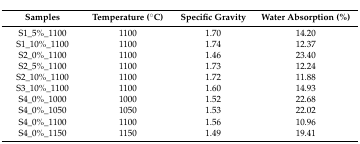
<table><thead><tr><td><b>Samples</b></td><td><b>Temperature (°C)</b></td><td><b>Specific Gravity</b></td><td><b>Water Absorption (%)</b></td></tr></thead><tbody><tr><td>S1_5%_1100</td><td>1100</td><td>1.70</td><td>14.20</td></tr><tr><td>S1_10%_1100</td><td>1100</td><td>1.74</td><td>12.37</td></tr><tr><td>S2_0%_1100</td><td>1100</td><td>1.46</td><td>23.40</td></tr><tr><td>S2_5%_1100</td><td>1100</td><td>1.73</td><td>12.24</td></tr><tr><td>S2_10%_1100</td><td>1100</td><td>1.72</td><td>11.88</td></tr><tr><td>S3_10%_1100</td><td>1100</td><td>1.60</td><td>14.93</td></tr><tr><td>S4_0%_1000</td><td>1000</td><td>1.52</td><td>22.68</td></tr><tr><td>S4_0%_1050</td><td>1050</td><td>1.53</td><td>22.02</td></tr><tr><td>S4_0%_1100</td><td>1100</td><td>1.56</td><td>10.96</td></tr><tr><td>S4_0%_1150</td><td>1150</td><td>1.49</td><td>19.41</td></tr></tbody></table>